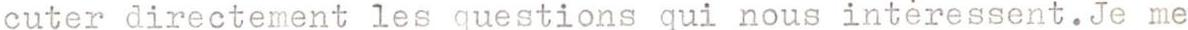
cuter directement les questions qui nous intéressent.Je me